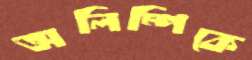
অলিম্পিকে